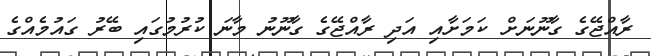
ރާއްޖޭގެ ގާނޫނަށް ކަމަށާއި އަދި ރާއްޖޭގެ ގާނޫނު މާނަ ކުރުމުގައި ބޭރު ގައުމެއްގެ